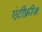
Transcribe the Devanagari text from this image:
एंटीफ्रीज़